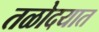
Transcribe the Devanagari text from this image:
तळोदयात